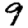
Digit: 9